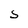
Character: S